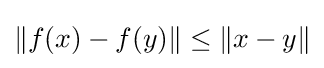
\|f(x)-f(y)\|\leq \|x-y\|